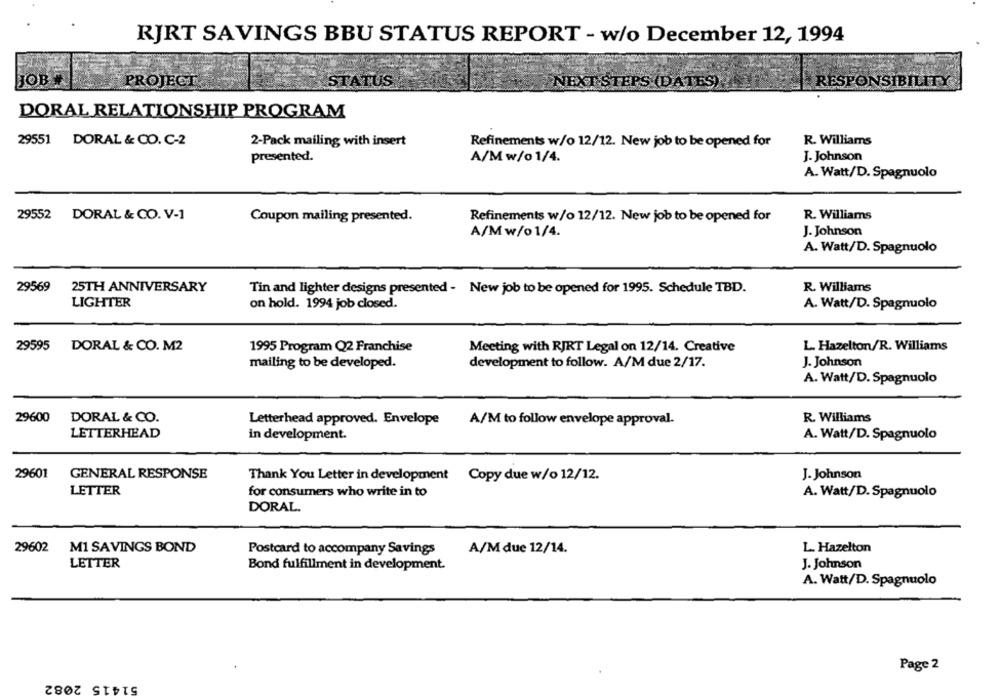
RJRT SAVINGS BBU STATUS REPORT - w/o December 12, 1994
JOB#
PROJECT
STATUS
NEXT STEPS (DATES).
RESPONSIBILITY
DORAL RELATIONSHIP PROGRAM
29551 DORAL & CO. C-2
2-Pack mailing with insert
Refinements w/o 12/12. New job to be opened for
R. Williams
presented.
A/M w/01/4.
J. Johnson
A. Watt/D. Spagnuolo
29552
DORAL & CO. V-1
R. Williams
Coupon mailing presented.
Refinements w/o 12/12. New job to be opened for
A/M w/01/4.
J. Johnson
A. Watt/D. Spagnuolo
29569
25TH ANNIVERSARY
Tin and lighter designs presented - New job to be opened for 1995. Schedule TBD.
R. Williams
LIGHTER
on hold. 1994 job closed.
A. Watt/D. Spagnuolo
29595
DORAL & CO. M2
1995 Program Q2 Franchise
Meeting with RJRT Legal on 12/14. Creative
L. Hazelton/R. Williams
development to follow. A/M due 2/17.
J. Johnson
mailing to be developed.
A. Watt/D. Spagnuolo
29600
DORAL & CO.
R. Williams
Letterhead approved. Envelope
A/M to follow envelope approval.
LETTERHEAD
in development.
A. Watt/D. Spagnuolo
29601
GENERAL RESPONSE
Thank You Letter in development Copy due w/o 12/12.
J. Johnson
LETTER
for consumers who write in to
A. Watt/D. Spagnuolo
DORAL.
29602
M1 SAVINGS BOND
Postcard to accompany Savings
A/M due 12/14.
L. Hazelton
LETTER
J. Johnson
Bond fulfillment in development.
A. Watt/D. Spagnuolo
Page 2
51415 2082